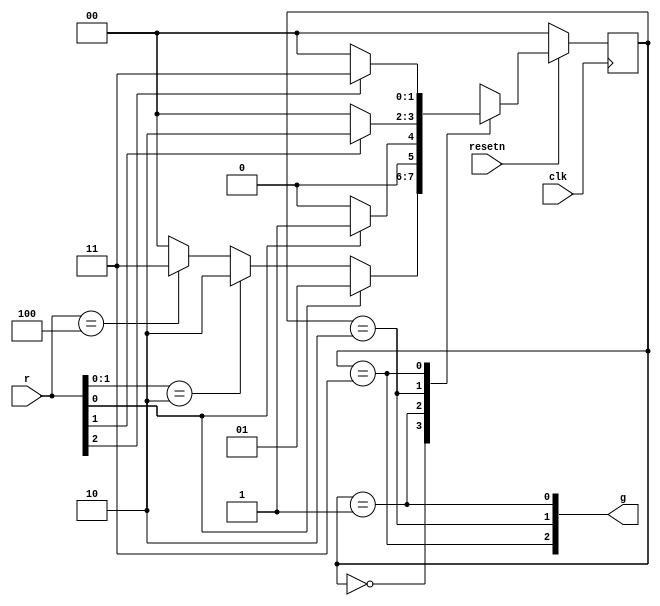
module top_module (
    input clk,
    input resetn,    // active-low synchronous reset
    input [3:1] r,   // request
    output [3:1] g   // grant
); 
    parameter [1:0] A = 2'b00,
    				B = 2'b01,
    				C = 2'b10,
    				D = 2'b11;
    
    reg [1:0] state, next_state;
    
    always @ (*)
        begin
            case (state)
                A: next_state <= (r[1]) ? B : ({r[2], r[1]} == 2'b10) ? C : ({r[3], r[2], r[1]} == 3'b100) ? D : A;
                B: next_state <= (r[1]) ? B : A;
                C: next_state <= (r[2]) ? C : A;
                D: next_state <= (r[3]) ? D : A;
                default next_state <= A;
            endcase
        end
    
    always @ (posedge clk)
        begin
            if (~resetn)
                state <= A;
            else
                state <= next_state;
        end
    
    assign g[3:1] = {(state == D), (state == C), (state == B)};

endmodule